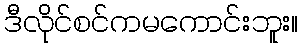
ဒီလိုင်စင်ကမကောင်းဘူး။